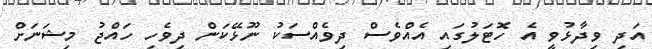
އަދި ވިދާޅުވީ އެ ހޮޓަލުގައި އެއްްވެސް ދިވެއްސަކު ނޫޅޭކަން ދިވެހި ހައްޖު މިޝަނަށް